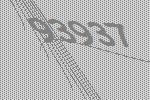
93937